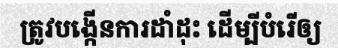
ត្រូវបង្កើនការដាំដុះ ដើម្បីបំរើឲ្យ